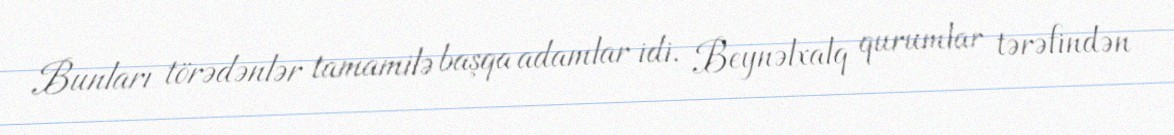
Bunları törədənlər tamamilə başqa adamlar idi. Beynəlxalq qurumlar tərəfindən